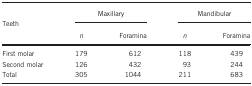
<table><thead><tr><td><b>Teeth</b></td><td colspan="2"><b>Maxillary</b></td><td colspan="2"><b>Mandibular</b></td></tr><tr><td><b> </b></td><td><b><i>n</i></b></td><td><b>Foramina</b></td><td><b><i>n</i></b></td><td><b>Foramina</b></td></tr></thead><tbody><tr><td>First molar</td><td>179</td><td>612</td><td>118</td><td>439</td></tr><tr><td>Second molar</td><td>126</td><td>432</td><td>93</td><td>244</td></tr><tr><td>Total</td><td>305</td><td>1044</td><td>211</td><td>683</td></tr></tbody></table>